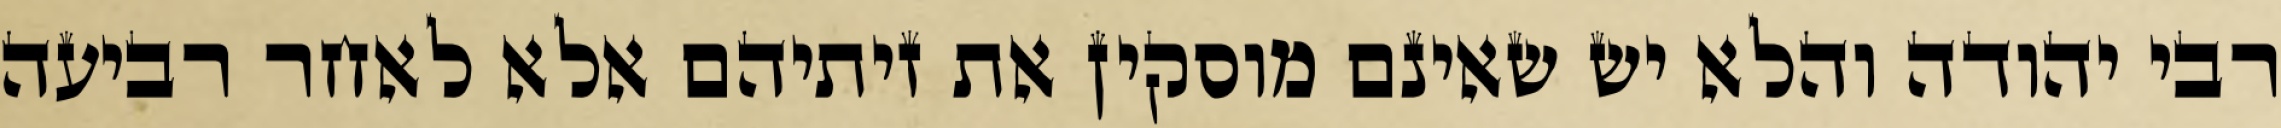
רבי יהודה והלא יש שאינם מוסקין את זיתיהם אלא לאחר רביעה